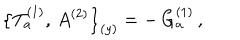
\bigl \{ T _ { a } ^ { ( 1 ) } , \, A ^ { ( 2 ) } \bigr \} _ { ( y ) } = - \, G _ { a } ^ { ( 1 ) } \, ,